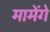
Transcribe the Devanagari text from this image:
मामेंगे